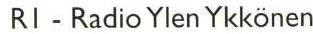
RI - Radio Ylen Ykkönen